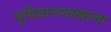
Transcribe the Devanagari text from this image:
भूविज्ञानशास्त्राला